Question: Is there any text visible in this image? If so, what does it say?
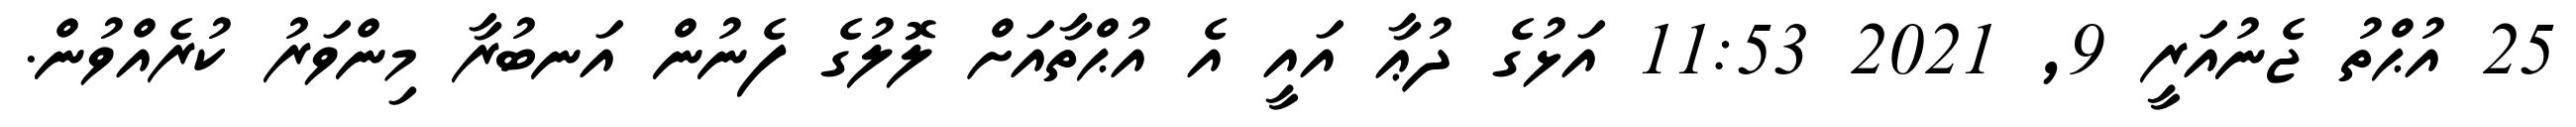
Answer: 25 އުޙްތު ޖެނުއަރީ 9, 2021 11:53 އަޅުގެ ދުޢާ އައީ އެ އުޙްތާއަށް ލޮލުގެ ފެނުން އަނބުރާ މިންވަރު ކުރެއްވުން.